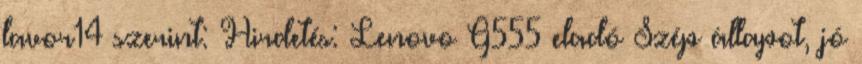
lavor14 szerint: Hirdetés: Lenovo G555 eladó Szép állapot, jó